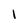
Character: l